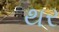
થર